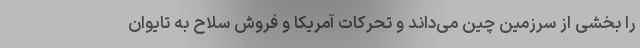
را بخشی از سرزمین چین می‌داند و تحرکات آمریکا و فروش سلاح به تایوان